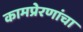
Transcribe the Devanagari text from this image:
कामप्रेरणांचा